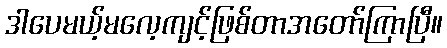
ဒါပေမယ့်မလေ့ကျင့်ဖြစ်တာအတော်ကြာပြီ။